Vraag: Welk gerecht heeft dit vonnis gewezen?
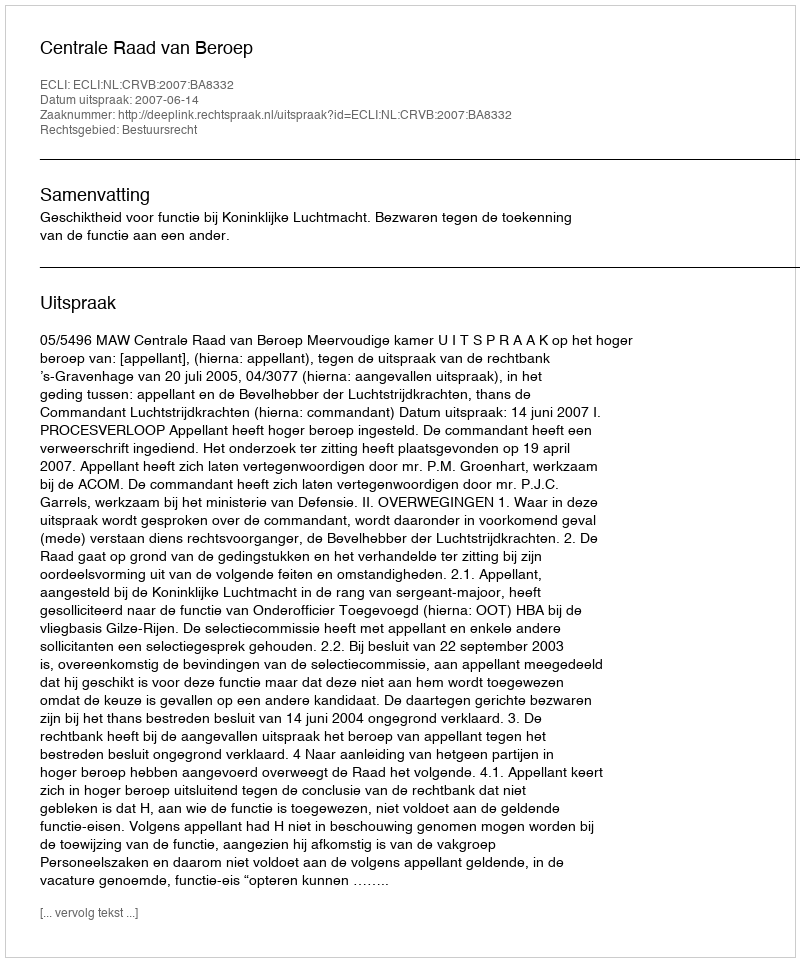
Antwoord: Centrale Raad van Beroep